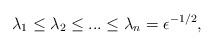
LaTeX: \begin{align*}\lambda_1 \leq \lambda_2 \leq ...\leq \lambda_n=\epsilon^{-1/2},\end{align*}